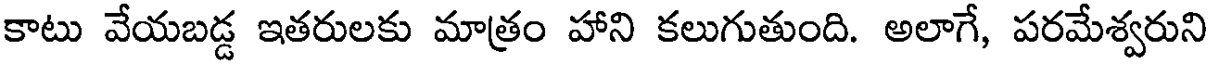
కాటు వేయబడ్డ ఇతరులకు మాత్రం హాని కలుగుతుంది. అలాగే, పరమేశ్వరుని